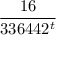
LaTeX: \frac { 1 6 } { 3 3 6 4 4 2 ^ { t } }